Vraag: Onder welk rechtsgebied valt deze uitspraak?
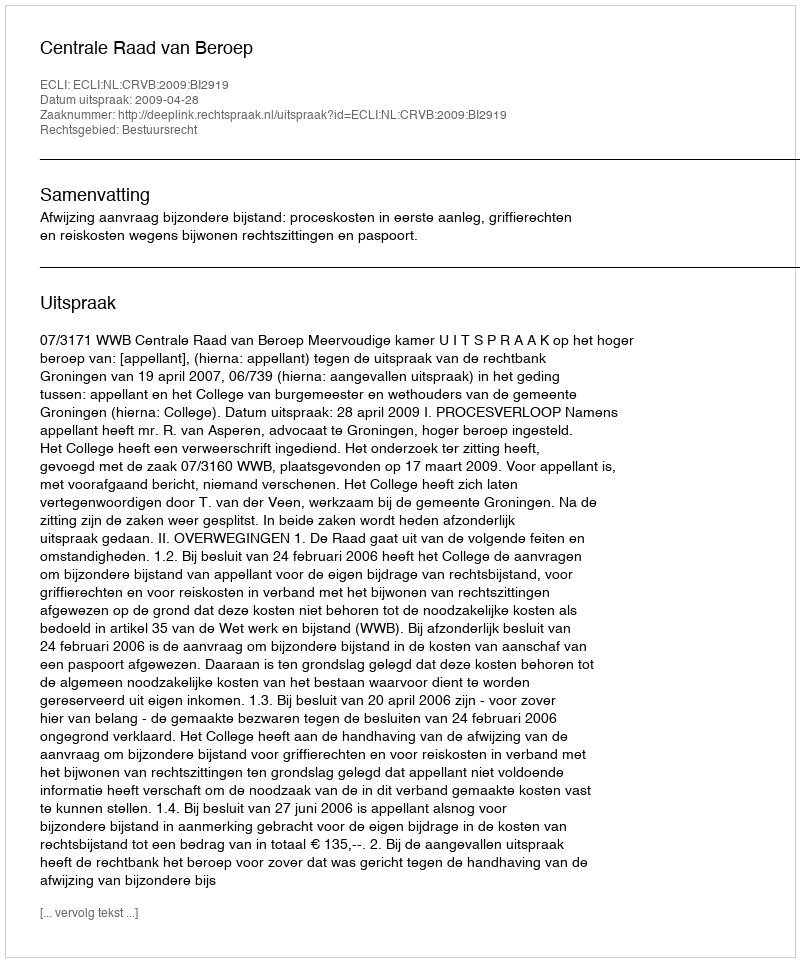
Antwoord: Bestuursrecht